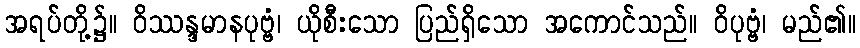
အရပ်တို့၌။ ဝိဿန္ဒမာနပုဗ္ဗံ၊ ယိုစီးသော ပြည်ရှိသော အကောင်သည်။ ဝိပုဗ္ဗံ၊ မည်၏။